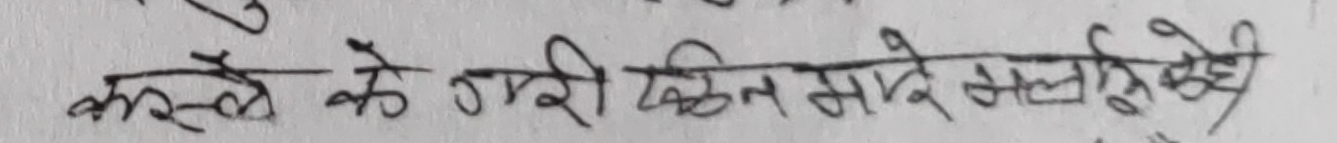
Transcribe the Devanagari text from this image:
कस्ले के गरी किर्त मान्दे सले कुटेकोहोथी